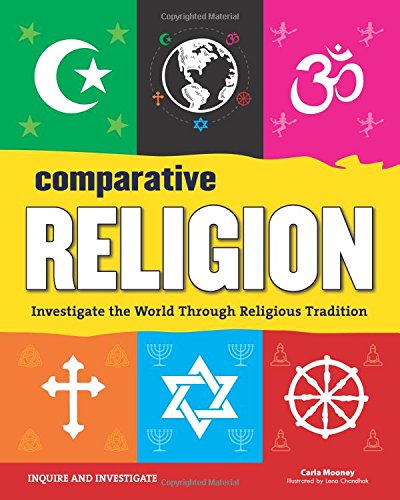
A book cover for Comparative Religion: Investigate the World Through Religious Tradition (Inquire and Investigate); Carla Mooney; Children's Books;